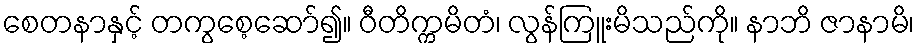
စေတနာနှင့် တကွစေ့ဆော်၍။ ဝီတိက္ကမိတံ၊ လွန်ကြူးမိသည်ကို။ နာဘိ ဇာနာမိ၊